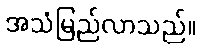
အသံမြည်လာသည်။